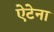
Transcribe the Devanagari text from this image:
ऐटेना